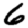
Digit: 6